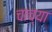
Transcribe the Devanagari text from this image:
चाच्या